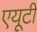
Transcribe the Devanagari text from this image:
एयूटी